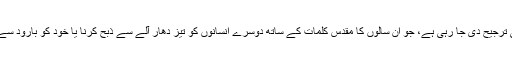
آج زندگی پر موت کو جو بخوشی ترجیح دی جا رہی ہے، جو ان سالوں کا مقدس کلمات کے ساتھ دوسرے انسانوں کو تیز دھار آلے سے ذبح کرنا یا خود کو بارود سے لپیٹ کر موت کے حوالے کرنا۔